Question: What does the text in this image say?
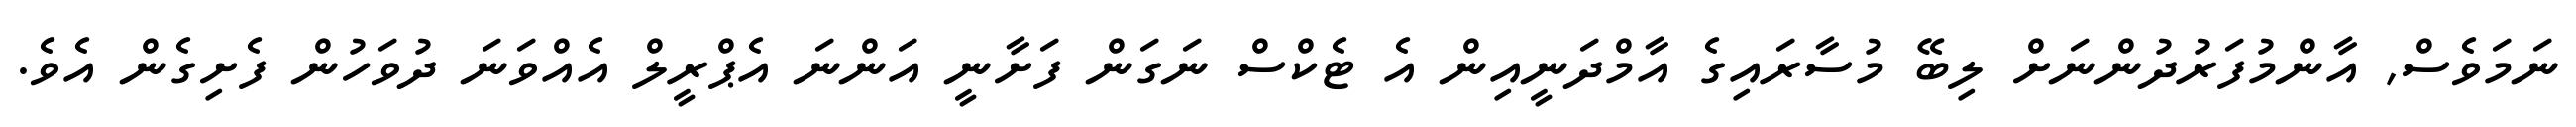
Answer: ނަމަވެސް, އާންމުފަރުދުންނަށް ލިބޭ މުސާރައިގެ އާމްދަނީއިން އެ ޓެކްސް ނަގަން ފަށާނީ އަންނަ އެޕްރީލް އެއްވަނަ ދުވަހުން ފެށިގެން އެވެ.